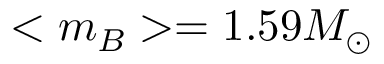
< m _ { B } > = 1 . 5 9 M _ { \odot }